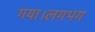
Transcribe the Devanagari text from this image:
गया।लगभग